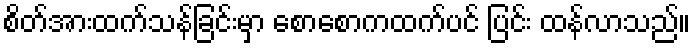
စိတ်အားထက်သန်ခြင်းမှာ စောစောကထက်ပင် ပြင်း ထန်လာသည်။